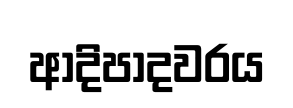
ආදිපාදවරය